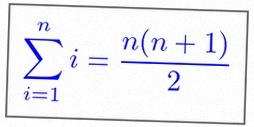
\sum_{i=1}^{n}i=\frac{n(n+1)}2